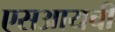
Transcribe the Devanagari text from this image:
एसआयची